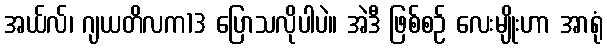
အယ်လ်၊ ဂျယတိလက13 ပြောသလိုပါပဲ။ အဲဒီ ဖြစ်စဉ် လေးမျိုးဟာ အာရုံ